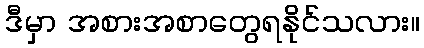
ဒီမှာ အစားအစာတွေရနိုင်သလား။